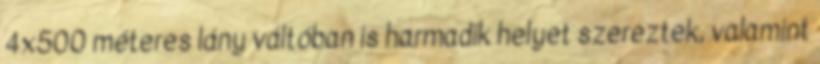
4x500 méteres lány váltóban is harmadik helyet szereztek, valamint